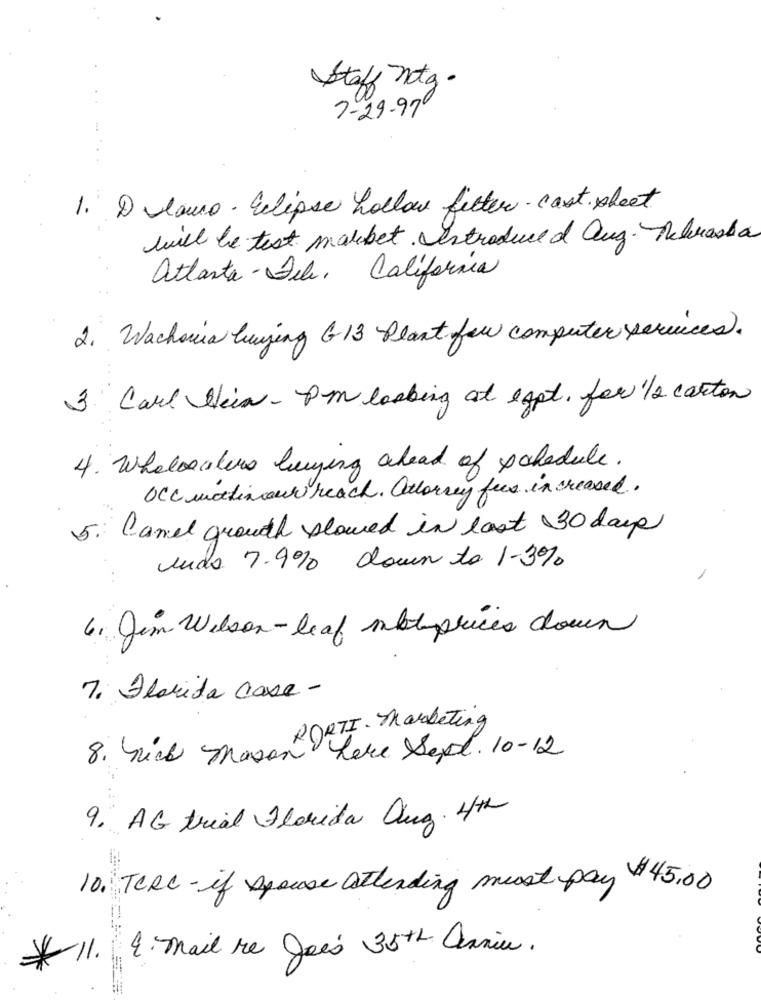
Staff ntg.
7-29-97
Dlawo- Eclipse hollow filter- cast sheet
will be test makbet. Introduced aug. Nebraska
atlanta - File, California
2. Wachovia buying G13 Plant for computer services.
3. Carl Hein - PM looking at lapt. for 1/2 carton
4. Wholesalers buying ahead of schedule.
OCC mattinaun reach. Attorney free increased.
Canel growth slowed in last 30 days
5.
unas 7.9% down to 1-3%
6. Jim Wilson-leaf matyprices down
7. Florida Case -
DeTI - Marketing
8. nick Mason Lere Sept. 10-12
9. AG trial Florida Org. 4th
10. TeRe- if spouse attending must pay $45.00
* 11. 4. mail re Jeis 35th Qaniu.